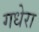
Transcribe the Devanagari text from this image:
गधेरा